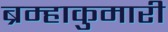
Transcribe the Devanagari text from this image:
ब्रम्हाकुमारी